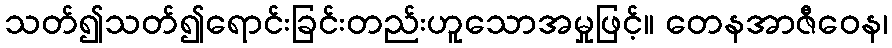
သတ်၍သတ်၍ရောင်းခြင်းတည်းဟူသောအမှုဖြင့်။ တေနအာဇီဝေန၊